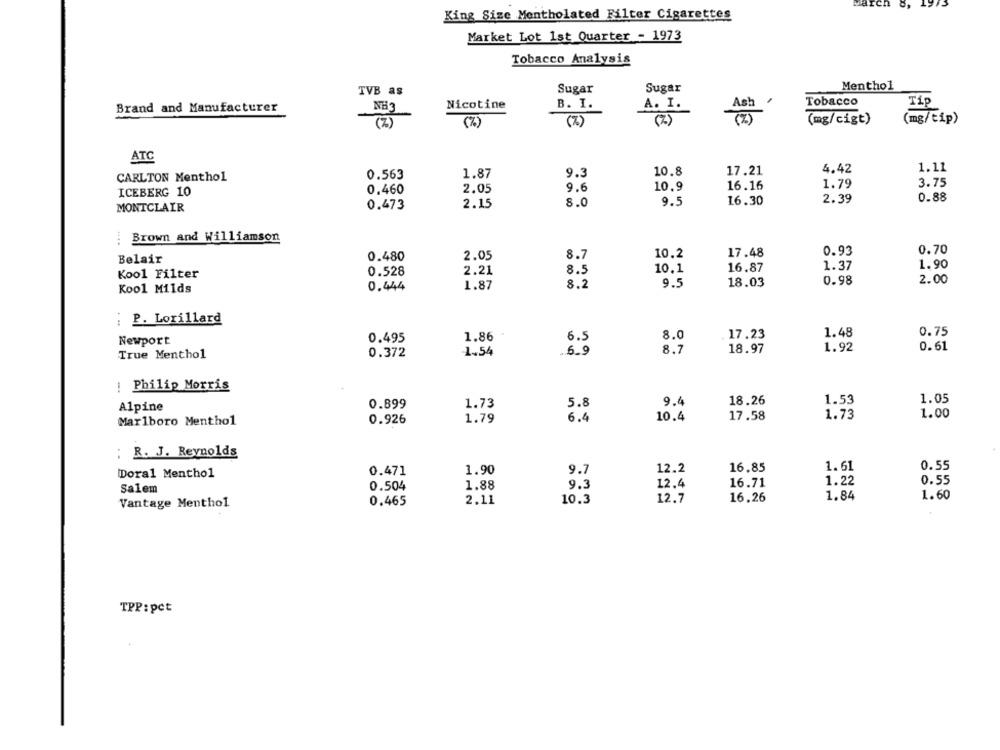
King Size Mentholated Filter Cigarettes
Market Lot 1st Quarter - 1973
Tobacco Analysis
TVB as
Sugar
Sugar
Menthol
Nicotine
B. I.
Tobacco
Tip
Brand and Manufacturer
NH3
A . I.
(mg/tip)
(7 )
(%)
(%)
( 7 )
(mg/cigt)
ATC
9.3
10.8
17.21
4.42
1.11
CARLTON Menthol
0.563
1.87
2.05
9.6
10.9
16.16
1.79
3.75
ICEBERG 10
0.460
2.15
9.5
16.30
2.39
0.88
MONTCLAIR
0.473
8.0
: Brown and Williamson
2.05
8.7
10.2
17.48
0.93
0.70
Belair
0.480
0.528
2.21
8.5
10.1
16.87
1.37
1.90
Kool Filter
1.87
8.2
9.5
18.03
0.98
2.00
Kool Milds
0.444
¡ P. Lorillard
0.495
1.86
6.5
8.0
17.23
1.48
0.75
Newport
1.54
.. 6.9
8.7
18.97
1.92
0.61
True Menthol
0.372
! Philip Morris
0.899
1.73
5.8
9.4
18.26
1.53
1.05
Alpine
0.926
1.79
6.4
10.4
17.58
1.73
1.00
Marlboro Menthol
:
R. J. Reynolds
0.55
0.471
1.90
9.7
12.2
16.85
1.61
Doral Menthol
1.22
0.55
0.504
1.88
9.3
12.4
16.71
Salem
1.84
1.60
0.465
2.11
10.3
12.7
16,26
Vantage Menthol
TPP: pct